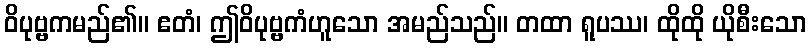
ဝိပုဗ္ဗကမည်၏။ ဧတံ၊ ဤဝိပုဗ္ဗကံဟူသော အမည်သည်။ တထာ ရူပဿ၊ ထိုထို ယိုစီးသော